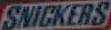
SNICKERS